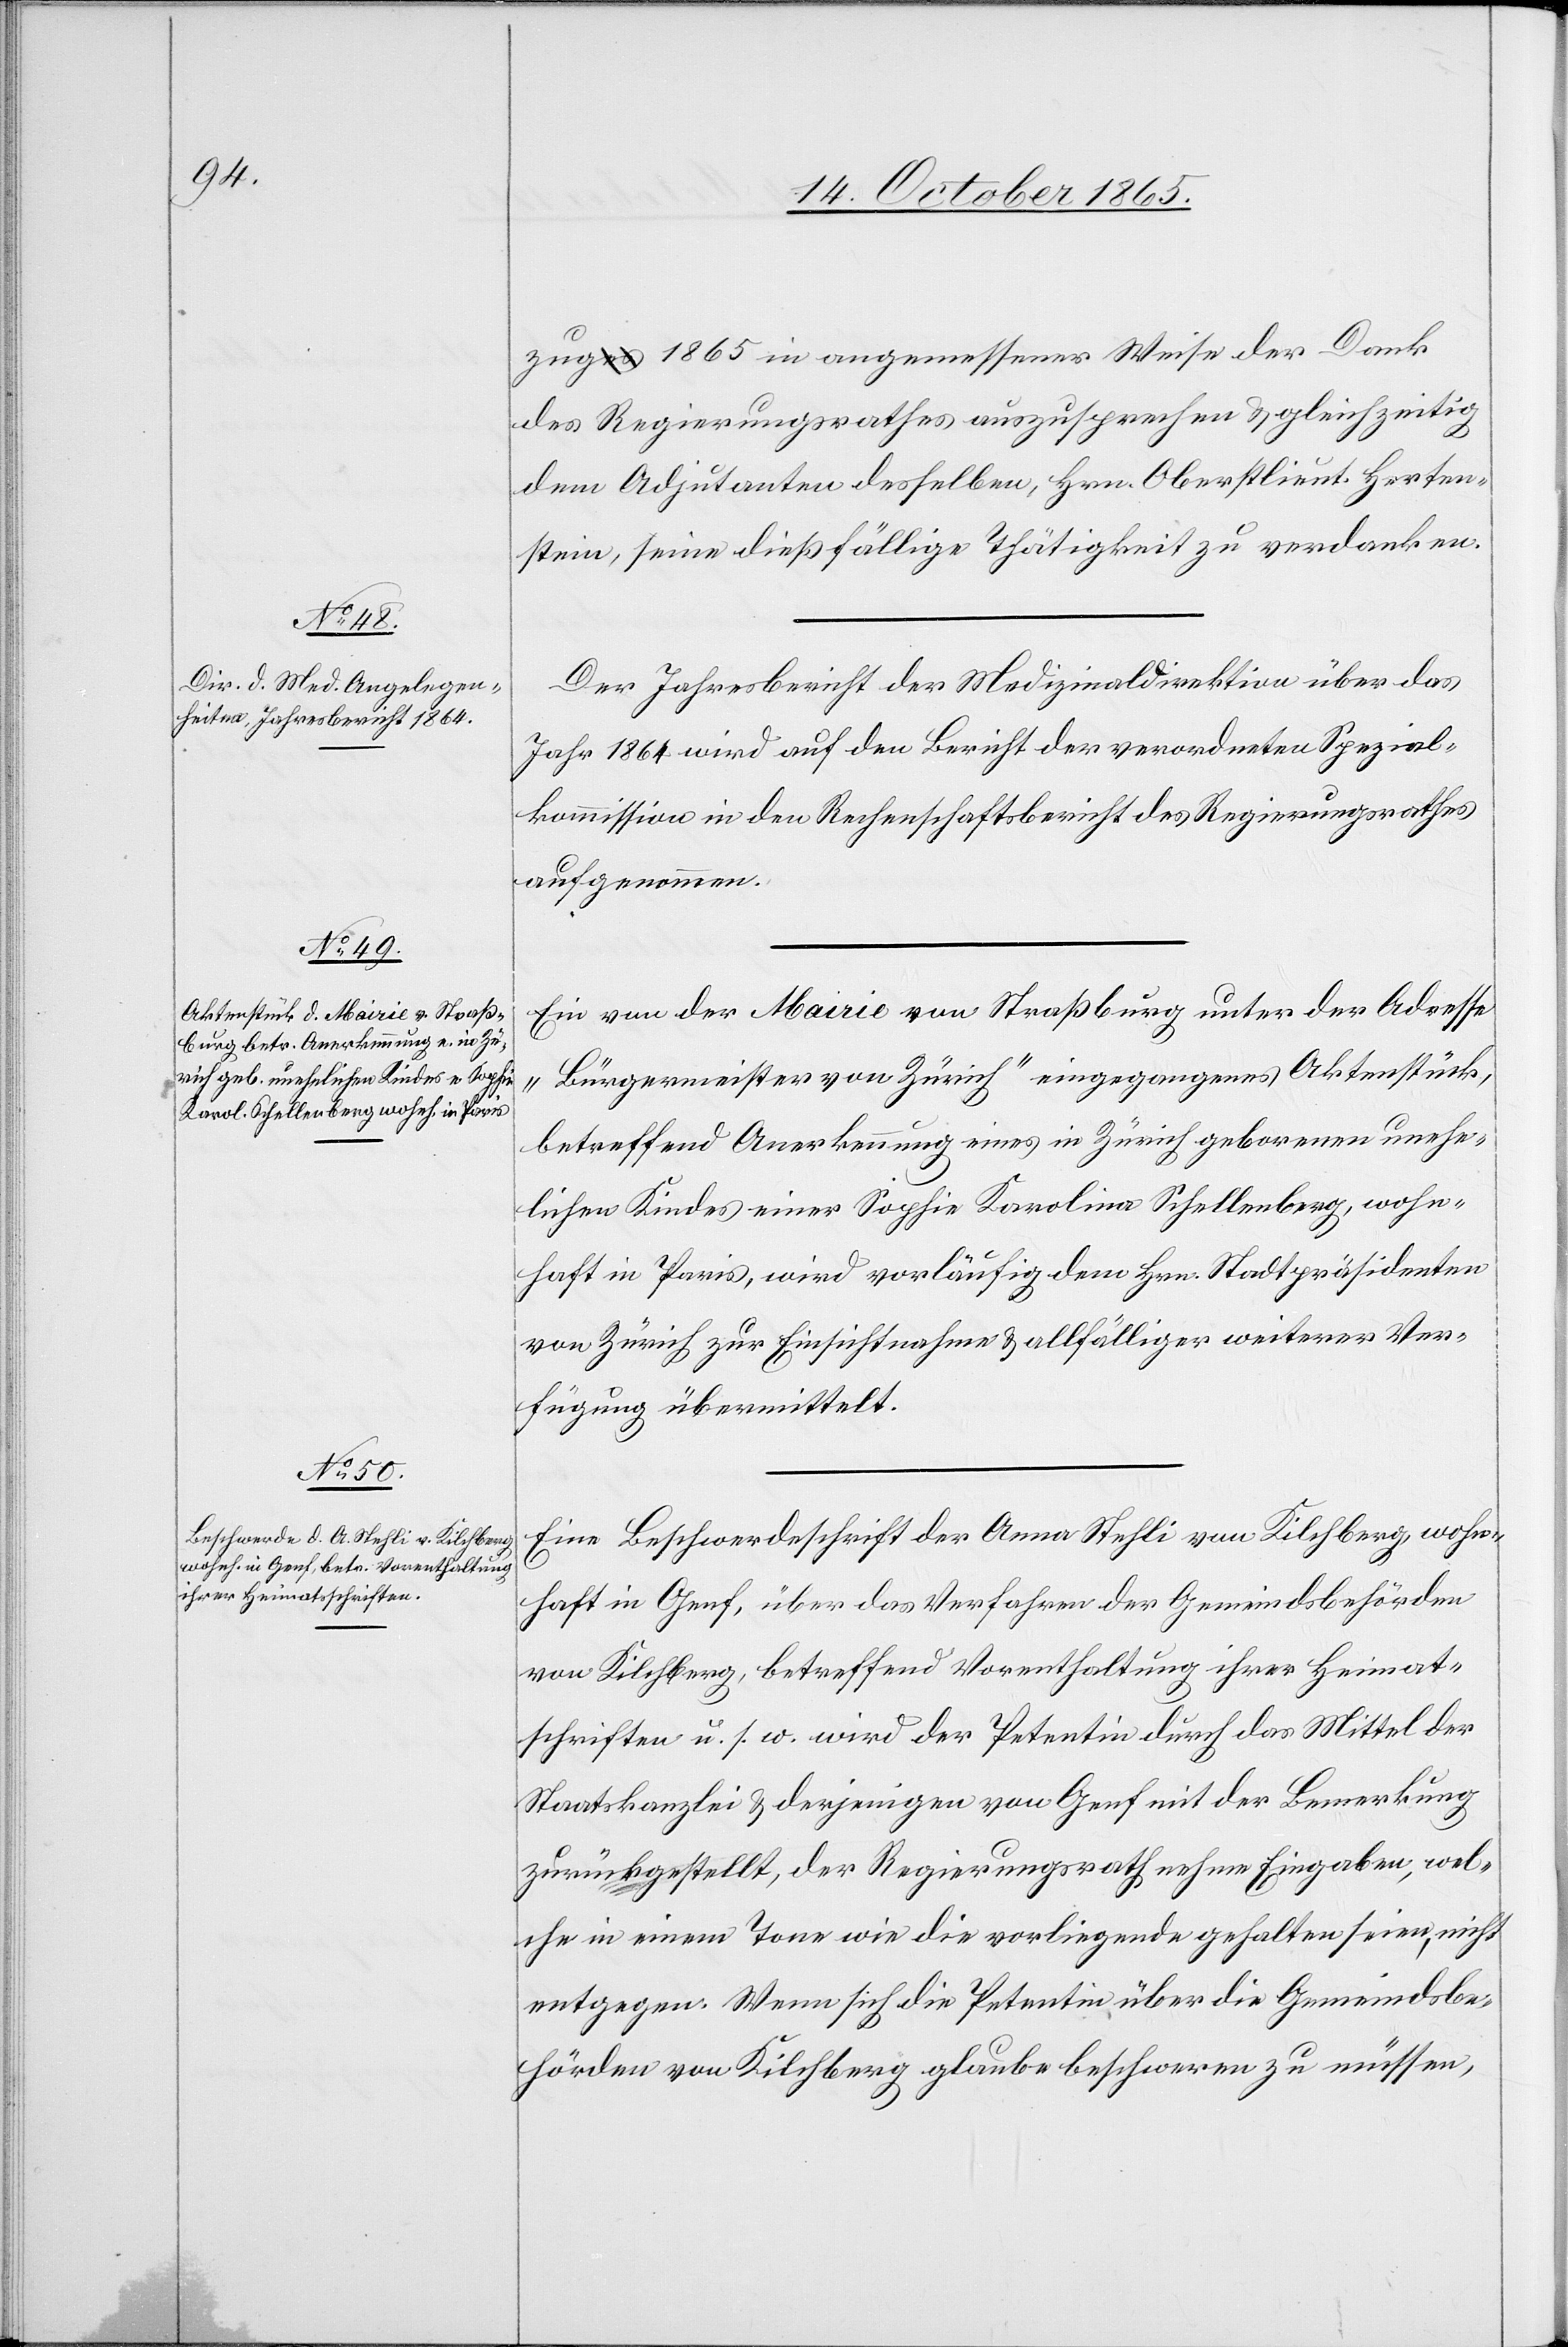
zug 1865 in angemessener Weise der Dank
des Regierungsrathes auszusprechen & gleichzeitig
dem Adjutanten desselben, Hrn. Oberstlieut. Herten¬
stein, seine dießfällige Thätigkeit zu verdanken.
Der Jahresbericht der Medizinaldirektion über das
Jahr 1864 wird auf den Bericht der verordneten Spezial¬
kommission in den Rechenschaftsbericht des Regierungsrathes
aufgenommen.
Ein von der Mairie von Straßburg unter der Adresse
„Bürgermeister von Zürich“ eingegangenes Aktenstück,
betreffend Anerkennung eines in Zürich geborenen unehe¬
lichen Kindes einer Sophie Karolina Schellenberg, wohn¬
haft in Paris, wird vorläufig dem Hrn. Stadtpräsidenten
von Zürich zur Einsichtnahme & allfälliger weiterer Ver¬
fügung übermittelt.
Eine Beschwerdeschrift der Anna Stehli von Kilchberg, wohn¬
haft in Genf, über das Verfahren der Gemeindsbehörden
von Kilchberg, betreffend Vorenthaltung ihrer Heimat¬
schriften u. s. w. wird der Petentin durch das Mittel der
Staatskanzlei & derjenigen von Genf mit der Bemerkung
zurückgestellt, der Regierungsrath nehme Eingaben, wel¬
che in einem Tone wie die vorliegende gehalten seien, nicht
entgegen. Wenn sich die Petentin über die Gemeindsbe¬
hörden Kilchberg glaube beschweren zu müssen,